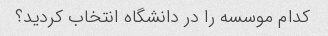
کدام موسسه را در دانشگاه انتخاب کردید؟